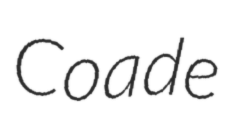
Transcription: Coade